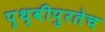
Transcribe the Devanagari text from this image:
पृथ्वीपुरतेच